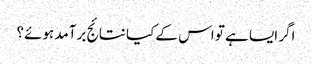
اگر ایسا ہے تو اس کے کیا نتائج برآمد ہوئے؟